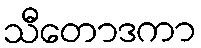
သီတောဒကာ